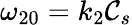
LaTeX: \omega_{20}=k_{2}\mathcal{C}_{s}